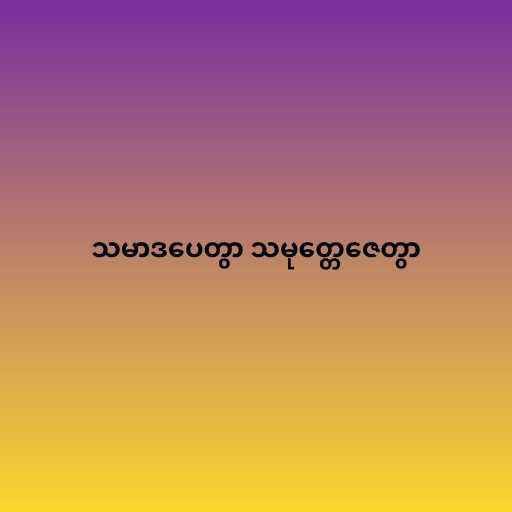
သမာဒပေတွာ သမုတ္တေဇေတွာ